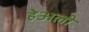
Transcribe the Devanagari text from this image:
हेअली